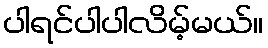
ပါရင်ပါပါလိမ့်မယ်။